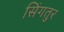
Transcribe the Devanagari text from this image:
सिंगतुर